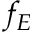
f _ { E }